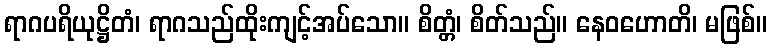
ရာဂပရိယုဋ္ဌိတံ၊ ရာဂသည်ထိုးကျင့်အပ်သော။ စိတ္တံ၊ စိတ်သည်။ နေဝဟောတိ၊ မဖြစ်။